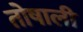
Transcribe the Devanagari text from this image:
तोषाली